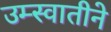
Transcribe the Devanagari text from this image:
उम्स्वातीने